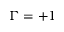
\Gamma = + 1